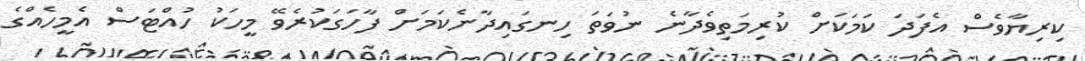
ކިރިޔާވެސް އެފަދަ ކަމަކަށް ކުރިމަތިވެދާނެ ނުވަތަ ހިނގައިދާނެކަމަށް ފާހަގަކުރެވޭ މީހަކު ހުއްޓަސް އެމީހެއްގެ